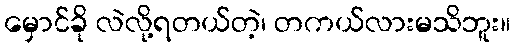
မှောင်ခို လဲလို့ရတယ်တဲ့၊ တကယ်လားမသိဘူး။